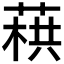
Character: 𦶓